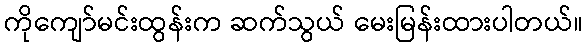
ကိုကျော်မင်းထွန်းက ဆက်သွယ် မေးမြန်းထားပါတယ်။